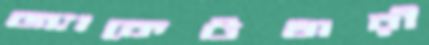
জ্যাকেটধারী